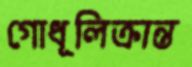
গোধূলিক্রান্ত